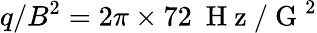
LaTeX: q/B^{2}=2\pi\times 72~\mathrm{~H~z~}/\mathrm{~G~}^{2}